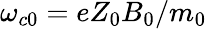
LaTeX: \omega_{c0}=eZ_{0}B_{0}/m_{0}